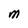
Character: M